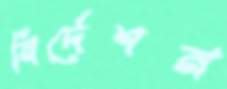
নির্দেশন